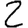
Digit: 2